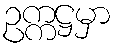
ဥက္ကဋ္ဌမှာ